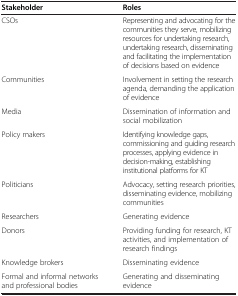
<table><thead><tr><td><b>Stakeholder</b></td><td><b>Roles</b></td></tr></thead><tbody><tr><td>CSOs</td><td>Representing and advocating for the communities they serve, mobilizing resources for undertaking research, undertaking research, disseminating and facilitating the implementation of decisions based on evidence</td></tr><tr><td>Communities</td><td>Involvement in setting the research agenda, demanding the application of evidence</td></tr><tr><td>Media</td><td>Dissemination of information and social mobilization</td></tr><tr><td>Policy makers</td><td>Identifying knowledge gaps, commissioning and guiding research processes, applying evidence in decision-making, establishing institutional platforms for KT</td></tr><tr><td>Politicians</td><td>Advocacy, setting research priorities, disseminating evidence, mobilizing communities</td></tr><tr><td>Researchers</td><td>Generating evidence</td></tr><tr><td>Donors</td><td>Providing funding for research, KT activities, and implementation of research findings</td></tr><tr><td>Knowledge brokers</td><td>Disseminating evidence</td></tr><tr><td>Formal and informal networks and professional bodies</td><td>Generating and disseminating evidence</td></tr></tbody></table>